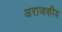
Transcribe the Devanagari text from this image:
अराजकीय